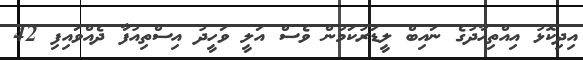
އިދިކޮޅު އިއްތިހާދުގެ ނައިބް ލީޑަރުކަމުން ވެސް އަލީ ވަހީދު އިސްތިއުފާ ދެއްވައިފި 42